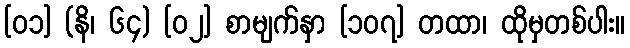
[၀၁] (နိ၊ ၆၄) [၀၂] စာမျက်နှာ [၁၀၇] တထာ၊ ထိုမှတစ်ပါး။